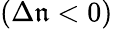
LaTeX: (\Delta\mathfrak{n}<0)